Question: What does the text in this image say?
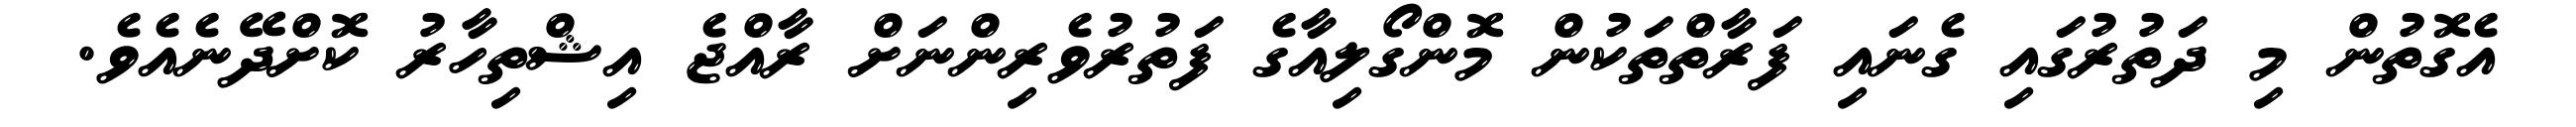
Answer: އެގޮތުން މި ދަތުރުގައި ގެނައި ފަރާތްތަކުން މޮންގޯލިއާގެ ފަތުރުވެރިންނަށް ރާއްޖެ އިޝްތިހާރު ކޮށްދޭނެއެވެ.